Vaccine operations Central Provinces 1900-1911 - 1900-1911
Year: 1900
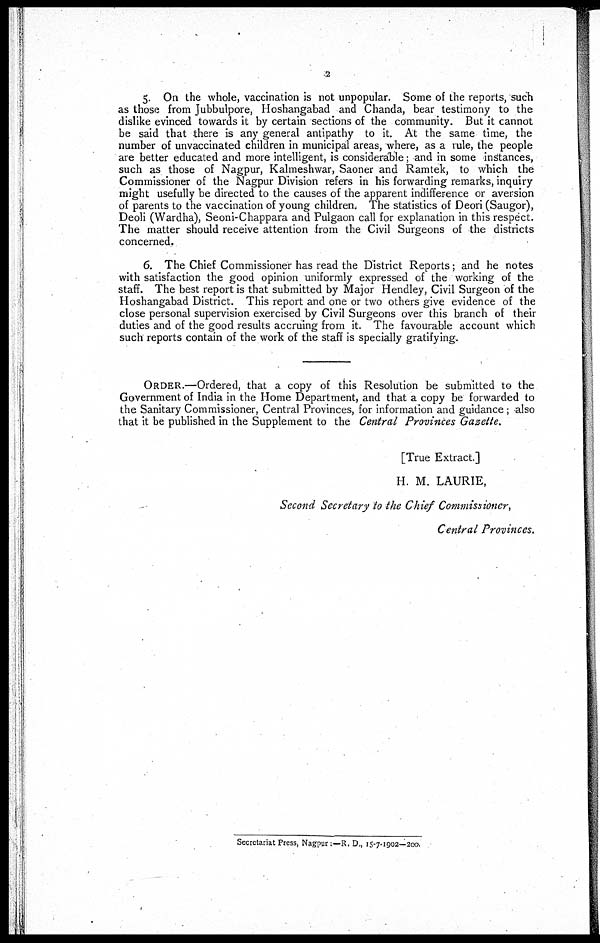
2
5. On the whole, vaccination is not unpopular. Some of the reports, such
as those from Jubbulpore, Hoshangabad and Chanda, bear testimony to the
dislike evinced towards it by certain sections of the community. But it cannot
be said that there is any general antipathy to it. At the same time, the
number of unvaccinated children in municipal areas, where, as a rule, the people
are better educated and more intelligent, is considerable; and in some instances,
such as those of Nagpur, Kalmeshwar, Saoner and Ramtek, to which the
Commissioner of the Nagpur Division refers in his forwarding remarks, inquiry
might usefully be directed to the causes of the apparent indifference or aversion
of parents to the vaccination of young children. The statistics of Deori (Saugor),
Deoli (Wardha), Seoni-Chappara and Pulgaon call for explanation in this respect.
The matter should receive attention from the Civil Surgeons of the districts
concerned,.
6. The Chief Commissioner has read the District Reports ; and he notes
with satisfaction the good opinion uniformly expressed of the working of the
staff. The best report is that submitted by Major Hendley, Civil Surgeon of the
Hoshangabad District. This report and one or two others give evidence of the
close personal supervision exercised by Civil Surgeons over this branch of their
duties and of the good results accruing from it. The favourable account which
such reports contain of the work of the staff is specially gratifying.
ORDER.—Ordered, that a copy of this Resolution be submitted to the
Government of India in the Home Department, and that a copy be forwarded to
the Sanitary Commissioner, Central Provinces, for information and guidance; also
that it be published in the Supplement to the Central Provinces Gazette,
[True Extract.]
H. M. LAURIE,
Second Secretary to the Chief Commissioner,
Central Provinces.
Secretariat Press, Nagpur.—R. D., 15-7-1902—200.